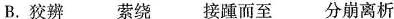
B.狡辨 萦绕 接踵而至 分崩离析